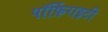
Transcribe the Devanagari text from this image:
पॉर्फ़िराइटी